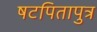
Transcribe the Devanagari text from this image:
षटपितापुत्र